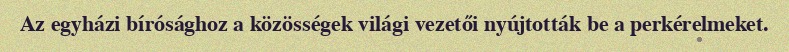
Az egyházi bírósághoz a közösségek világi vezetői nyújtották be a perkérelmeket.